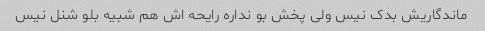
ماندگاریش بدک نیس ولی پخش بو نداره رایحه اش هم شبیه بلو شنل نیس